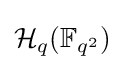
{\mathcal {H}}_{q}(\mathbb {F} _{q^{2}})